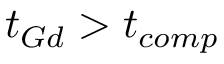
t _ { G d } > t _ { c o m p }